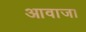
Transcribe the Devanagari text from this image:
आवाजा